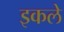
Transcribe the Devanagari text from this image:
इकले